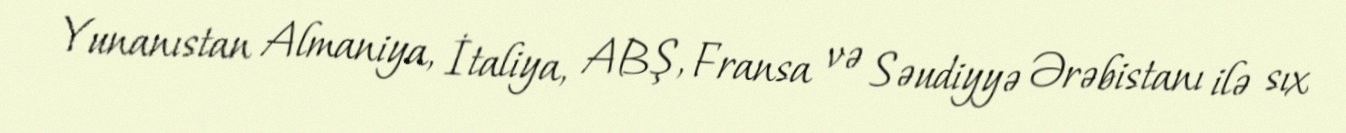
Yunanıstan Almaniya, İtaliya, ABŞ, Fransa və Səudiyyə Ərəbistanı ilə sıx